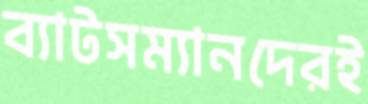
ব্যাটসম্যানদেরই